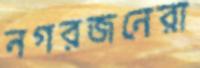
নগরজনেরা